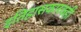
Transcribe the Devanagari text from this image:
इतिहासकारकही